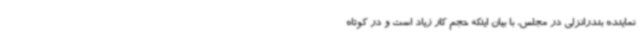
نماینده بندرانزلی در مجلس، با بیان اینکه حجم کار زیاد است و در کوتاه